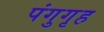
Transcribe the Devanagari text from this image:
पंगुगृह